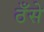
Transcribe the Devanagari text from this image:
ठँसे